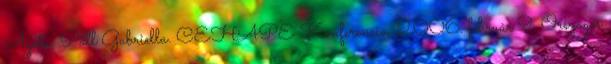
Ágota, Páll Gabriella. CEHAPE Konferencia, 2006. február 9. Országos